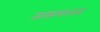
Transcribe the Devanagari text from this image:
तत्समरनस